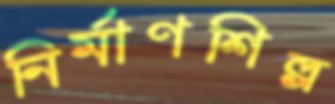
নির্মাণশিল্প